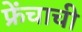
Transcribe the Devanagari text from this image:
फ्रेंचाची